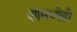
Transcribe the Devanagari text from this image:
शोमध्येही